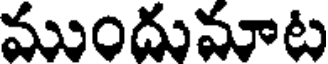
ముందుమాట